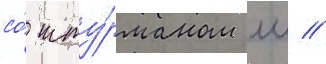
со́ шту́рманом мл //